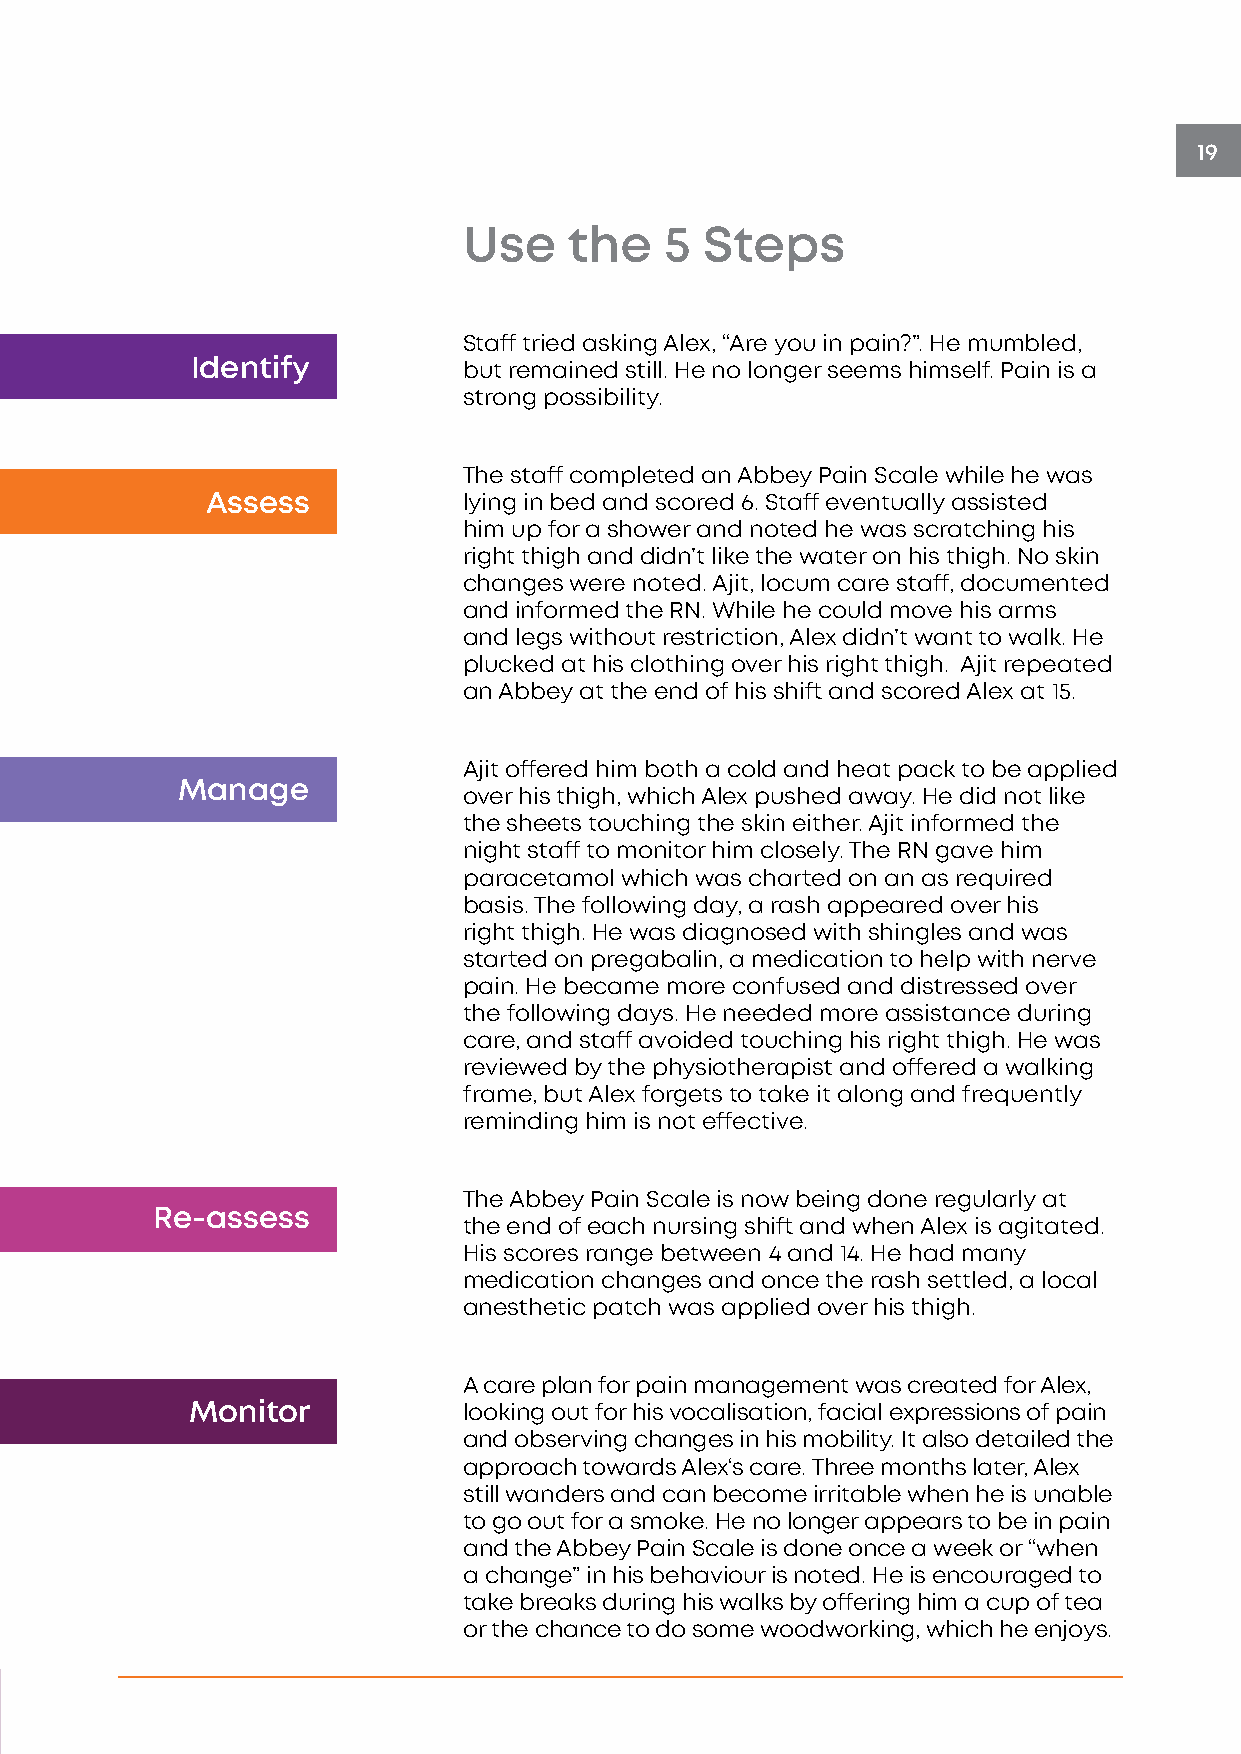
19
 Use    the   5  Steps
 Staff tried asking Alex, “Are you in pain?”. He mumbled,
 Identify          but remained still. He no longer seems himself. Pain is a
 strong possibility.
 The staff completed an Abbey Pain Scale while he was
 Assess           lying in bed and scored 6. Staff eventually assisted
 him up for a shower and noted he was scratching his
 right thigh and didn’t like the water on his thigh. No skin
 changes were noted. Ajit, locum care staff, documented
 and informed the RN. While he could move his arms
 and legs without restriction, Alex didn’t want to walk. He
 plucked at his clothing over his right thigh. Ajit repeated
 an Abbey at the end of his shift and scored Alex at 15.
 Ajit offered him both a cold and heat pack to be applied
 Manage
 over his thigh, which Alex pushed away. He did not like
 the sheets touching the skin either. Ajit informed the
 night staff to monitor him closely. The RN gave him
 paracetamol which was charted on an as required
 basis. The following day, a rash appeared over his
 right thigh. He was diagnosed with shingles and was
 started on pregabalin, a medication to help with nerve
 pain. He became more confused and distressed over
 the following days. He needed more assistance during
 care, and staff avoided touching his right thigh. He was
 reviewed by the physiotherapist and offered a walking
 frame, but Alex forgets to take it along and frequently
 reminding him is not effective.
 The Abbey Pain Scale is now being done regularly at
 Re-assess
 the end of each nursing shift and when Alex is agitated.
 His scores range between 4 and 14. He had many
 medication changes and once the rash settled, a local
 anesthetic patch was applied over his thigh.
 A care plan for pain management was created for Alex,
 Monitor           looking out for his vocalisation, facial expressions of pain
 and observing changes in his mobility. It also detailed the
 approach towards Alex‘s care. Three months later, Alex
 still wanders and can become irritable when he is unable
 to go out for a smoke. He no longer appears to be in pain
 and the Abbey Pain Scale is done once a week or “when
 a change” in his behaviour is noted. He is encouraged to
 take breaks during his walks by offering him a cup of tea
 or the chance to do some woodworking, which he enjoys.
 MONITOR